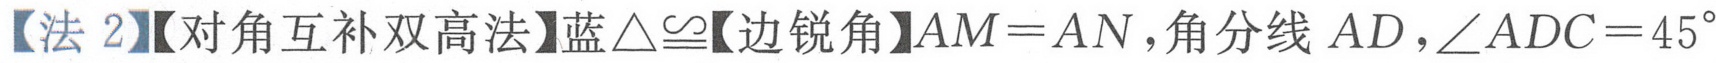
【法 2】【对角互补双高法】蓝$\triangle\cong$【边锐角】$AM = AN$，角平分线$AD$，$\angle ADC = 45^{\circ}$